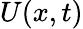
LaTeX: U(x,t)